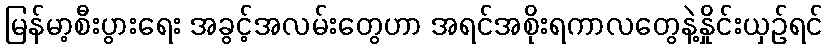
မြန်မာ့စီးပွားရေး အခွင့်အလမ်းတွေဟာ အရင်အစိုးရကာလတွေနဲ့နှိုင်းယှဉ်ရင်